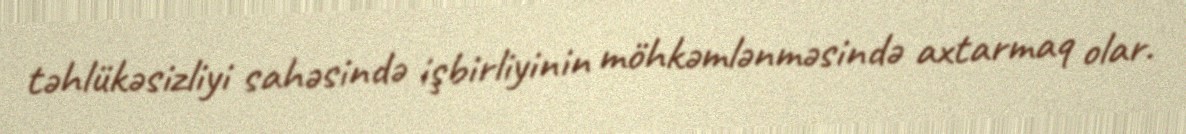
təhlükəsizliyi sahəsində işbirliyinin möhkəmlənməsində axtarmaq olar.